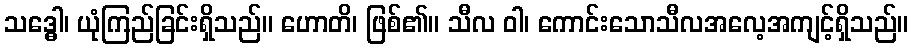
သဒ္ဓေါ၊ ယုံကြည်ခြင်းရှိသည်။ ဟောတိ၊ ဖြစ်၏။ သီလ ဝါ၊ ကောင်းသောသီလအလေ့အကျင့်ရှိသည်။